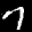
Label: 7